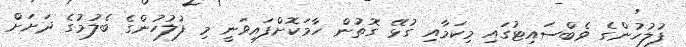
ފުލުހުންގެ ވެބްސައިޓުގައި މިކަމާއި ގުޅޭ ގޮތުން ހާމަކޮށްފައިވަނީ މި ފުލުހުންގެ ބެލުމުގެ ދަށަށް